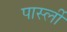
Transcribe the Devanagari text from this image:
पार्स्ली